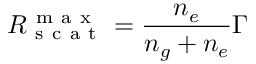
R _ { \mathrm { ~ s ~ c ~ a ~ t ~ } } ^ { \mathrm { ~ m ~ a ~ x ~ } } = \frac { n _ { e } } { n _ { g } + n _ { e } } \Gamma